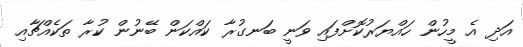
އަދި އެ މީހުން ހައްޔަރުކޮށްފައި ވަނީ ބަނގުރާ ކައްކަން ބޭނުން ކުރާ ތަކެއްޗާއި